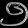
Digit: ၅